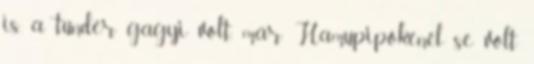
is. a tündér gagyi volt, már Hamupipőkénél se volt